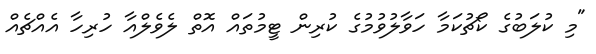
"މި ކުލަބުގެ ކޯޗުކަމާ ހަވާލުވުމުގެ ކުރިން ޓީމުތައް އޮތް ލެވެލްއާ ހުރިހާ އެއްޗެއް